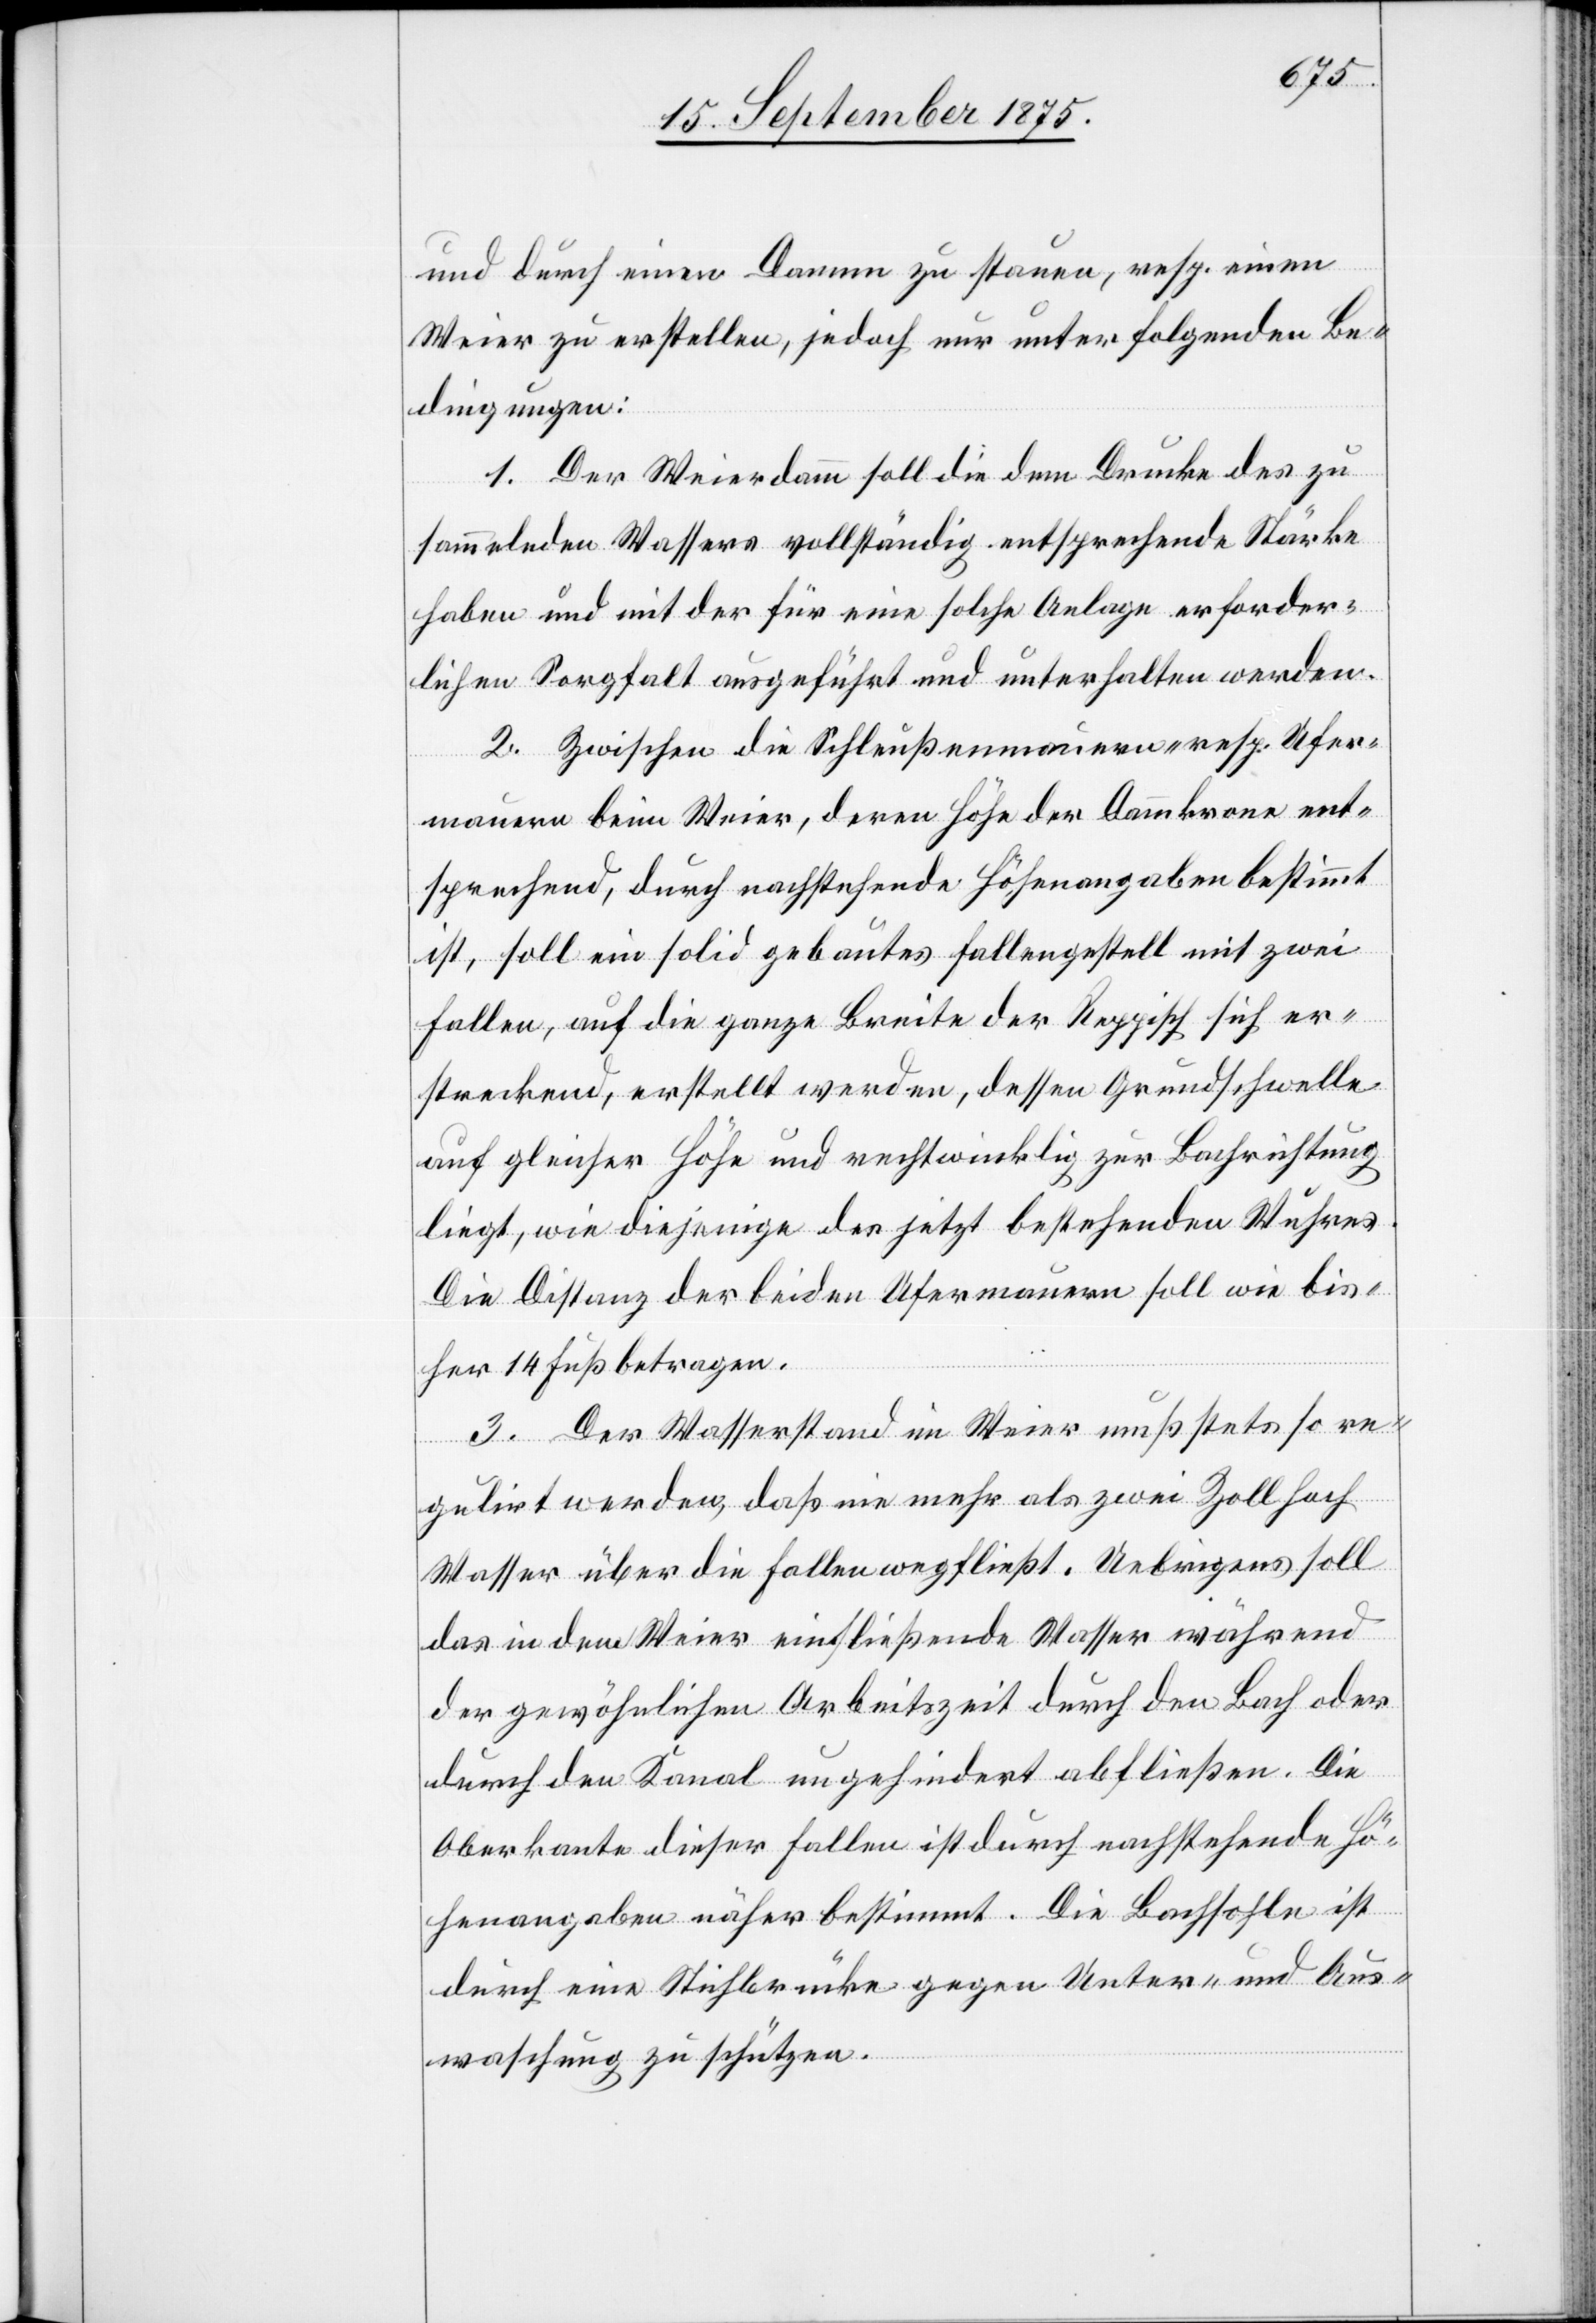
und durch einen Damm zu stauen, resp. einen
Weier zu erstellen, jedoch nur unter folgenden Be¬
dingungen:
1. Der Weierdamm soll die dem Drucke des zu
sammelnden Wassers vollständig entsprechende Stärke
haben und mit der für eine solche Anlage erforder¬
lichen Sorgfalt ausgeführt und unterhalten werden.
2. Zwischen die Schleußenmauern resp. Ufer¬
mauern beim Weier, deren Höhe der Dammkrone ent¬
sprechend, durch nachstehende Höhenangaben bestimmt
ist, soll ein solid gebautes Fallengestell mit zwei
Fallen, auf die ganze Breite der Reppisch sich er¬
streckend, erstellt werden, dessen Grundschwelle
auf gleicher Höhe und rechtwinklig zur Bachrichtung
liegt, wie diejenige des jetzt bestehenden Wuhres.
Die Distanz der beiden Ufermauern soll wie bis¬
her 14 Fuß betragen.
3. Der Wasserstand im Weier muß stets so re¬
gulirt werden, daß nie mehr als zwei Zoll hoch
Wasser über die Fallen wegfließt. Uebrigens soll
das in dem Weier einfließende Wasser während
der gewöhnlichen Arbeitszeit durch den Bach oder
durch den Kanal ungehindert abfließen. Die
Oberkante dieser Fallen ist durch nachstehende Hö¬
henangaben näher bestimmt. Die Bachsohle ist
durch eine Stichbrücke gegen Unter- und Aus¬
waschung zu schützen.